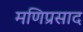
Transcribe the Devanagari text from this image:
मणिप्रसाद